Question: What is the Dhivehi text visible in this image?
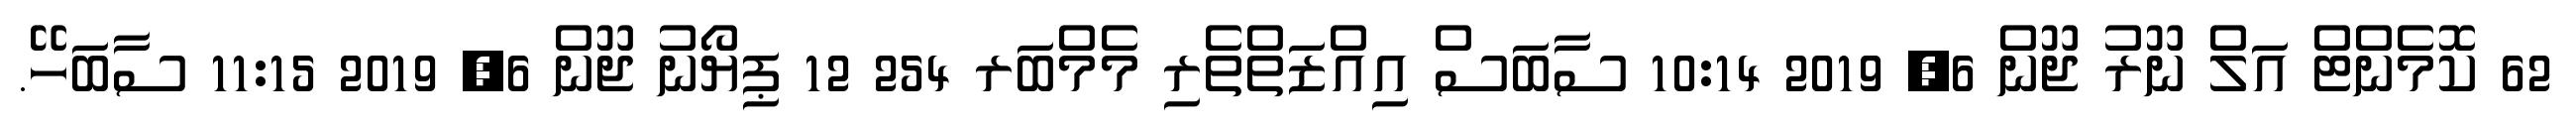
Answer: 62 ކޮމެންޓް އަލް ނޫރު ޖޫން 6, 2019 10:14 ސާބަސް އިއްޒަތްތެރި މެމްބަރ 254 12 ޕިޔޯނު ޖޫން 6, 2019 11:15 ސާބަހޭ.